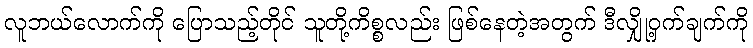
လူဘယ်လောက်ကို ပြောသည့်တိုင် သူတို့ကိစ္စလည်း ဖြစ်နေတဲ့အတွက် ဒီလျှို့ဝှက်ချက်ကို